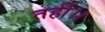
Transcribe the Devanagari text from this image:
तहीं।।